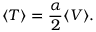
\langle T \rangle = \frac { \alpha } { 2 } \langle V \rangle .